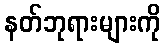
နတ်ဘုရားများကို